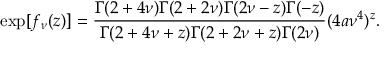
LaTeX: \exp [ f _ { \nu } ( z ) ] = \frac { \Gamma ( 2 + 4 \nu ) \Gamma ( 2 + 2 \nu ) \Gamma ( 2 \nu - z ) \Gamma ( - z ) } { \Gamma ( 2 + 4 \nu + z ) \Gamma ( 2 + 2 \nu + z ) \Gamma ( 2 \nu ) } ( 4 a \nu ^ { 4 } ) ^ { z } .